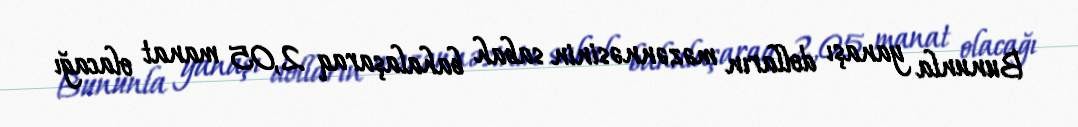
Bununla yanaşı dolların məzənnəsinin sabah bahalaşaraq 2,05 manat olacağı